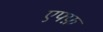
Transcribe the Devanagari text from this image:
एफ्फ़